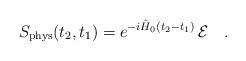
LaTeX: \begin{align*}S_{\rm phys}(t_2,t_1)=e^{-i\hat{H}_0(t_2-t_1)}\,{\cal E}\ \ \ .\end{align*}